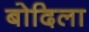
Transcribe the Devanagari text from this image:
बोदिला